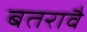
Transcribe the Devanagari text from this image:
बतरावै